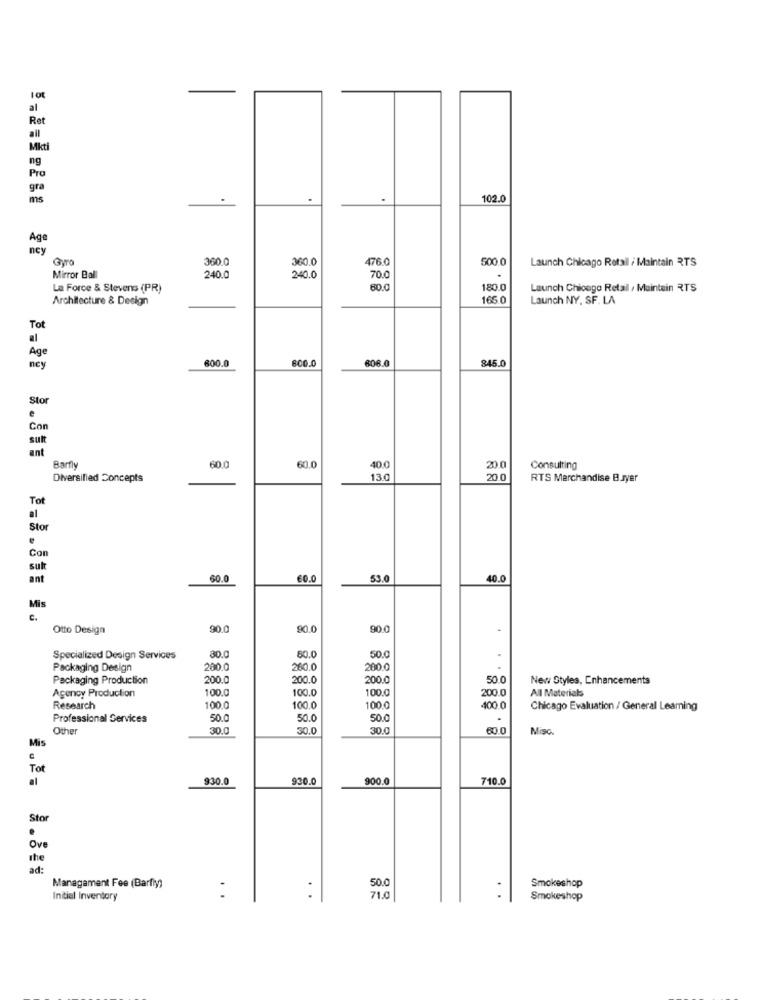
Ret
all
Mikti
ng
Pro
gra
ms
102.0
Gyro
360.0
360.0
476.0
500.0
Launch Chicago Retail / Maintain RTS
Mirror Ball
240.0
240.0
70.0
.
La Force & Stevens (PR)
80.0
180.
Launch Chicogo Retail , Maintain RTS
Architecture & Design
165 0
Launch NY, SF. LA
Tot
al
Age
600.0
808.0
845.
ney
Stor
.
Con
sutt
ant
Barfly
60.0
40.0
20.0
Consulting
Diversified Concepts
130
20.0
RTS Merchandise Bayer
Tot
al
Stor
.
Con
sult
ant
60.0
60.0
53.0
10.0
Mis
C.
Otto Design
90.0
90.0
90.0
.
Specialized Design Services
80.0
80.0
50.0
Packaging Design
200.0
260.0
200.0
Packaging Production
200.0
200.0
200.0
50.0
New Styles, Enhancements
Agency Production
100.0
100.0
100.0
200.0
All Materials
Research
100.0
100.0
100.0
400 0
Chicago Evaluation / General Learning
Professional Services
50.0
50.0
50.
.
Other
30.0
30.0
30.0
60.0
Misc.
Mis
Tot
930.0
930.
900.0
710.0
Sto
.
Ove
the
ad:
50.0
Management Fee (Barfly)
Smokeshop
Initial Inventory
71.0
Smokeshop